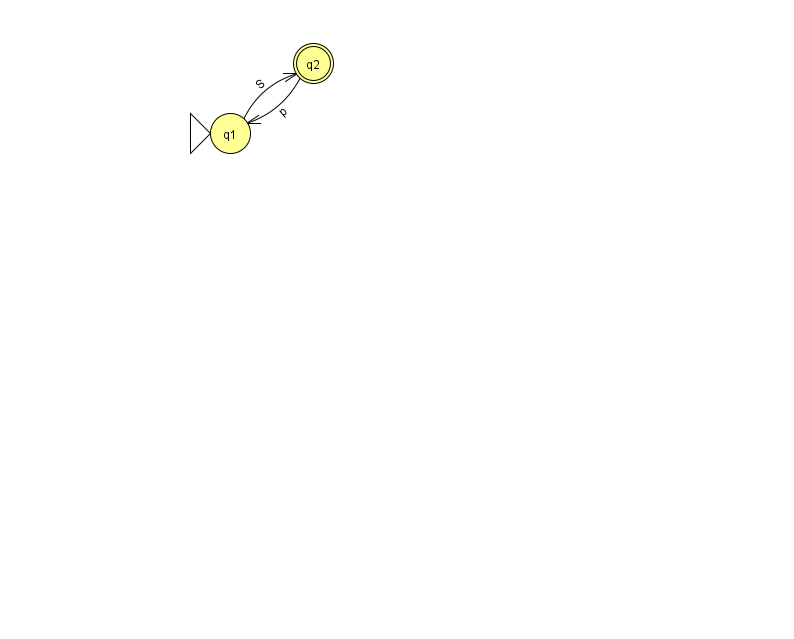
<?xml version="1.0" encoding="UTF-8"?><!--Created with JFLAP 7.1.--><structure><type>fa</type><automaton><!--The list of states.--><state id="1" name="q1"><x>230.0</x><y>120.0</y><initial/></state><state id="2" name="q2"><x>313.0</x><y>50.0</y><final/></state><!--The list of transitions.--><transition><from>1</from><to>2</to><read>S</read></transition><transition><from>2</from><to>1</to><read>p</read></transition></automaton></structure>